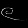
Digit: ၉